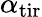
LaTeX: \alpha_{\mathrm{tir}}